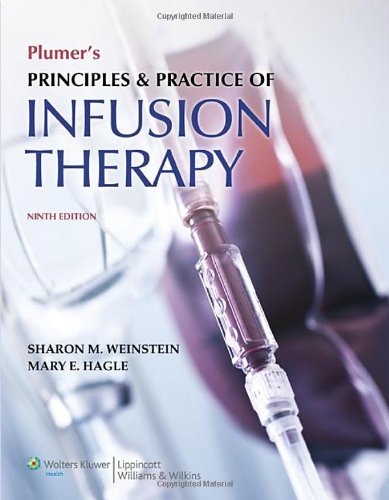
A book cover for Plumer's Principles and Practice of Infusion Therapy; Medical Books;